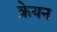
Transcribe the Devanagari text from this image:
क्रेयन